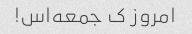
امروز ک جمعه‌اس!